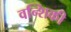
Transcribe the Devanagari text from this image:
वन्शिकी